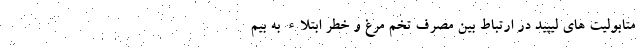
متابولیت های لیپید در ارتباط بین مصرف تخم مرغ و خطر ابتلاء به بیم